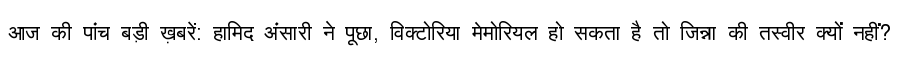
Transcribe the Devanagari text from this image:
आज की पांच बड़ी ख़बरें: हामिद अंसारी ने पूछा, विक्टोरिया मेमोरियल हो सकता है तो जिन्ना की तस्वीर क्यों नहीं?